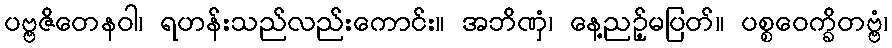
ပဗ္ဗဇိတေနဝါ၊ ရဟန်းသည်လည်းကောင်း။ အဘိဏှံ၊ နေ့ညဉ့်မပြတ်။ ပစ္စဝေက္ခိတဗ္ဗံ၊